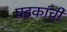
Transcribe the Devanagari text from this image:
घडकांची